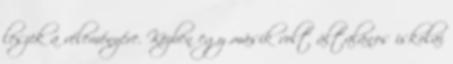
leszek a véleményére. Közben egy másik volt általános iskolai